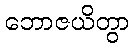
ဘောဇယိတွာ